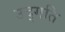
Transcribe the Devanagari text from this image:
उद्गति